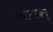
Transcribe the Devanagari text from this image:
एचएनडब्ल्यू